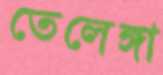
তেলেঙ্গা